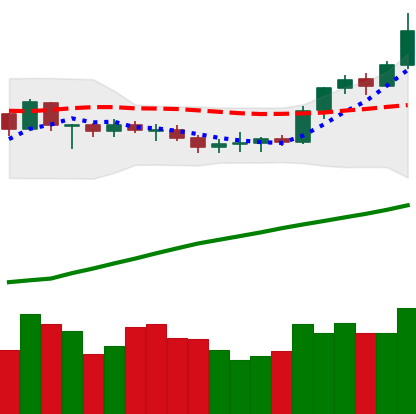
Ticker: BTC-USD
Chart end date: 2020-07-26
Forward return: 14.319%
Label: up_7plus